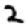
Digit: 2